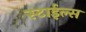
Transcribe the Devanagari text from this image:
स्टाईल्स